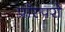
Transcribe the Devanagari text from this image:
प्रॉस्परो